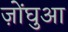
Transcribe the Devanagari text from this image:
ज़ोंघुआ